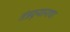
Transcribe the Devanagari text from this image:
तंत्रद्न्यानाचा